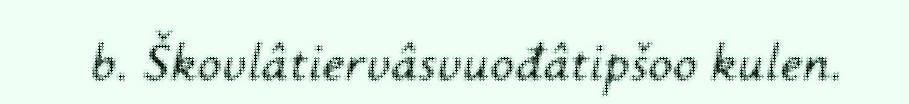
b. Škovlâtiervâsvuođâtipšoo kulen.